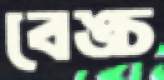
বেঙ্চ